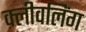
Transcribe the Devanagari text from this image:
क्लीवलिंग